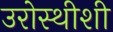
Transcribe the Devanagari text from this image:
उरोस्थीशी